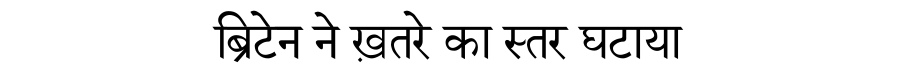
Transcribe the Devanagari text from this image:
ब्रिटेन ने ख़तरे का स्तर घटाया